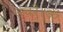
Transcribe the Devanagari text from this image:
उचऱै॥ॐ